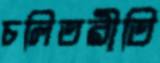
চলিতরীতি